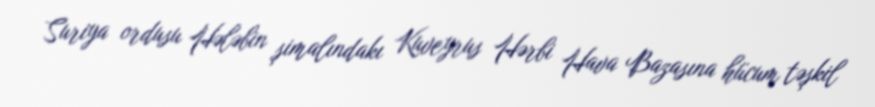
Suriya ordusu Hələbin şimalındakı Kuveyrus Hərbi Hava Bazasına hücum təşkil